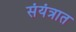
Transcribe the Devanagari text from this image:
संयंत्रात